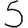
Digit: 5